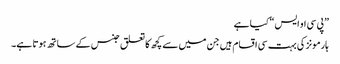
”پی سی او ایس“ کیا ہے
ہارمونز کی بہت سی اقسام ہیں جن میں سے کچھ کا تعلق جنس کے ساتھ ہوتا ہے۔